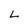
Character: L